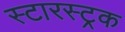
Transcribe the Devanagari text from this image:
स्टारस्ट्रक